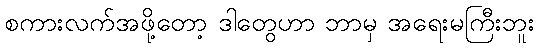
စကားလက်အဖို့တော့ ဒါတွေဟာ ဘာမှ အရေးမကြီးဘူး